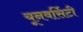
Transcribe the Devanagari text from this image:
यूनवर्सिटी